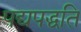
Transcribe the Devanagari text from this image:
पद्यपद्धति